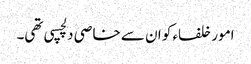
امور خلفاء کو ان سے خاصی دلچسپی تھی۔